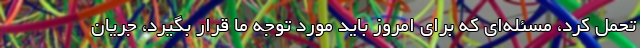
تحمل کرد، مسئله‌ای که برای امروز باید مورد توجه ما قرار بگیرد، جریان